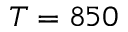
T = 8 5 0